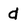
Character: d